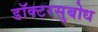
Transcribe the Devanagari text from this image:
डॉक्टरसुबोध